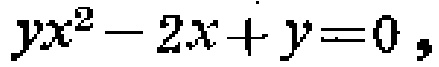
$yx^{2}-2x + y = 0$